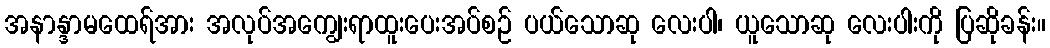
အနာန္ဒာမထေရ်အား အလုပ်အကျွေးရာထူးပေးအပ်စဉ် ပယ်သောဆု လေးပါ၊ ယူသောဆု လေးပါးကို ပြဆိုခန်း။